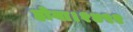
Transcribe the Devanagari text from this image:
होगा।१४९२